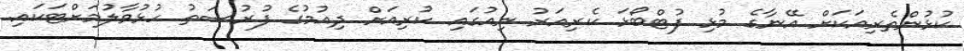
ކުޅުންތެރިއަކަށް އޭނާގެ މުޅި ފުޓްބޯޅަ ކެރިއަރު ނިއުގައި ކުރިއަށް ދިއުމުގެ ފުރުސަތު ހުޅުވާލުމަށްޓަކައި.